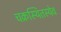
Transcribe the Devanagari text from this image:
चक्रस्थितस्येव